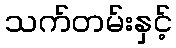
သက်တမ်းနှင့်